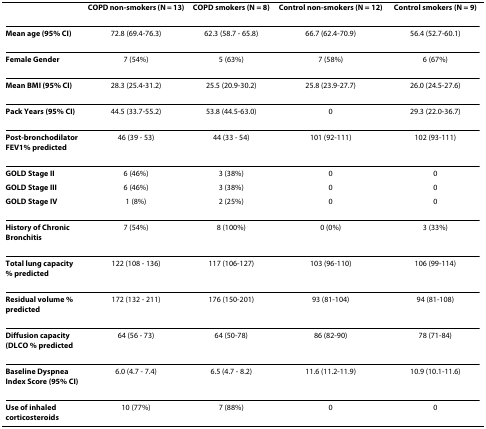
<table><thead><tr><td>[EMPTY_CELL]</td><td><b>COPD non-smokers (N = 13)</b></td><td><b>COPD smokers (N = 8)</b></td><td><b>Control non-smokers (N = 12)</b></td><td><b>Control smokers (N = 9)</b></td></tr></thead><tbody><tr><td><b>Mean age (95% CI)</b></td><td>72.8 (69.4-76.3)</td><td>62.3 (58.7 - 65.8)</td><td>66.7 (62.4-70.9)</td><td>56.4 (52.7-60.1)</td></tr><tr><td><b>Female Gender</b></td><td>7 (54%)</td><td>5 (63%)</td><td>7 (58%)</td><td>6 (67%)</td></tr><tr><td><b>Mean BMI (95% CI)</b></td><td>28.3 (25.4-31.2)</td><td>25.5 (20.9-30.2)</td><td>25.8 (23.9-27.7)</td><td>26.0 (24.5-27.6)</td></tr><tr><td><b>Pack Years (95% CI)</b></td><td>44.5 (33.7-55.2)</td><td>53.8 (44.5-63.0)</td><td>0</td><td>29.3 (22.0-36.7)</td></tr><tr><td><b>Post-bronchodilator FEV1% predicted</b></td><td>46 (39 - 53)</td><td>44 (33 - 54)</td><td>101 (92-111)</td><td>102 (93-111)</td></tr><tr><td><b>GOLD Stage II</b></td><td>6 (46%)</td><td>3 (38%)</td><td>0</td><td>0</td></tr><tr><td><b>GOLD Stage III</b></td><td>6 (46%)</td><td>3 (38%)</td><td>0</td><td>0</td></tr><tr><td><b>GOLD Stage IV</b></td><td>1 (8%)</td><td>2 (25%)</td><td>0</td><td>0</td></tr><tr><td><b>History of Chronic Bronchitis</b></td><td>7 (54%)</td><td>8 (100%)</td><td>0 (0%)</td><td>3 (33%)</td></tr><tr><td><b>Total lung capacity % predicted</b></td><td>122 (108 - 136)</td><td>117 (106-127)</td><td>103 (96-110)</td><td>106 (99-114)</td></tr><tr><td><b>Residual volume % predicted</b></td><td>172 (132 - 211)</td><td>176 (150-201)</td><td>93 (81-104)</td><td>94 (81-108)</td></tr><tr><td><b>Diffusion capacity (DLCO % predicted</b></td><td>64 (56 - 73)</td><td>64 (50-78)</td><td>86 (82-90)</td><td>78 (71-84)</td></tr><tr><td><b>Baseline Dyspnea Index Score (95% CI)</b></td><td>6.0 (4.7 - 7.4)</td><td>6.5 (4.7 - 8.2)</td><td>11.6 (11.2-11.9)</td><td>10.9 (10.1-11.6)</td></tr><tr><td><b>Use of inhaled corticosteroids</b></td><td>10 (77%)</td><td>7 (88%)</td><td>0</td><td>0</td></tr></tbody></table>